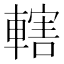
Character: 轄